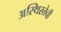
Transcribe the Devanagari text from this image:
अस्थिरतेची